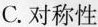
C. 对称性